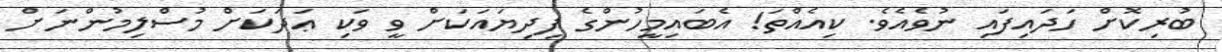
ބުރިކޮށް ހަދައިފައި ނުވެއެވެ. ކިއެއްތަ! އެބައިމީހުންގެ ފިދިޔައަކަށް ވީ ވަކި ޢަދަކަށް މުސްލިމުންނަށް